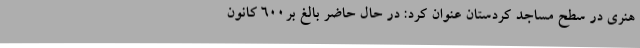
هنری در سطح مساجد کردستان عنوان کرد: در حال حاضر بالغ بر600 کانون